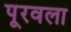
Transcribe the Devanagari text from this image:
पूरवला